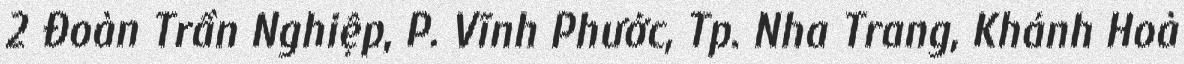
2 Đoàn Trần Nghiệp, P. Vĩnh Phước, Tp. Nha Trang, Khánh Hoà